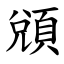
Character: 䫄